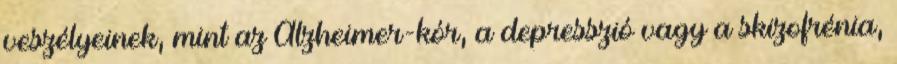
veszélyeinek, mint az Alzheimer-kór, a depresszió vagy a skizofrénia,